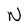
Character: N